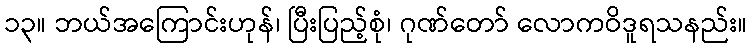
၁၃။ ဘယ်အကြောင်းဟုန်၊ ပြီးပြည့်စုံ၊ ဂုဏ်တော် လောကဝိဒူရသနည်း။